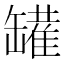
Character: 𰭆